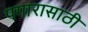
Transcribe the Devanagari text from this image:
पगारासाठी